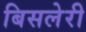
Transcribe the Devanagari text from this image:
बिसलेरी